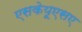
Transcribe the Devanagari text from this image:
एसकेयूएसए